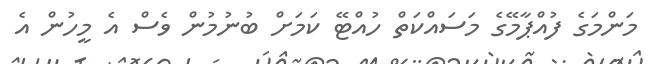
މަންމަގެ ފުއްޕާމޭގެ މަސައްކަތް ހުއްޓޭ ކަމަށް ބުނުމުން ވެސް އެ މީހުން އެ